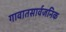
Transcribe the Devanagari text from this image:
गावातसार्वजनिक